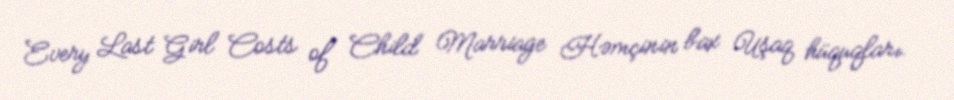
Every Last Girl Costs of Child Marriage Həmçinin bax Uşaq hüquqları.